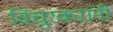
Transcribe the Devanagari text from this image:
विंचुरकरांनी